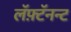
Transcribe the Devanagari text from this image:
लॅफ़्टॅनन्ट